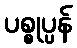
ပစ္စုပ္ပန်